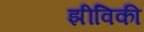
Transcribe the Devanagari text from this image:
झीविकी